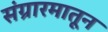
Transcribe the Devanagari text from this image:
संग्रारमातून